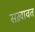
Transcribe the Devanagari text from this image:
सख़ावत